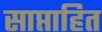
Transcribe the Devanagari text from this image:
साप्ताहित